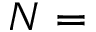
N =